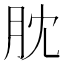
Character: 䶻